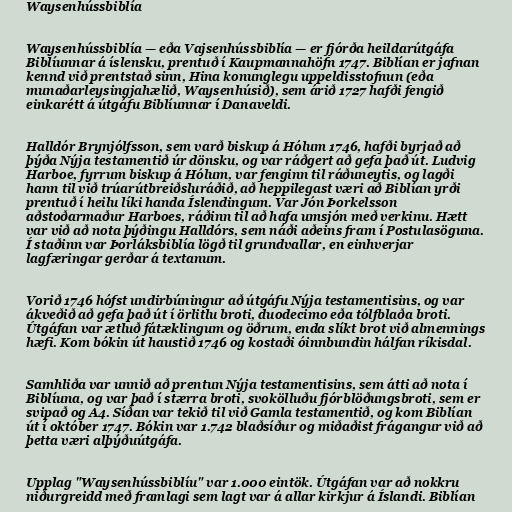
Waysenhússbiblía

Waysenhússbiblía — eða Vajsenhússbiblía — er fjórða heildarútgáfa
Biblíunnar á íslensku, prentuð í Kaupmannahöfn 1747. Biblían er jafnan
kennd við prentstað sinn, Hina konunglegu uppeldisstofnun (eða
munaðarleysingjahælið, Waysenhúsið), sem árið 1727 hafði fengið
einkarétt á útgáfu Biblíunnar í Danaveldi.

Halldór Brynjólfsson, sem varð biskup á Hólum 1746, hafði byrjað að
þýða Nýja testamentið úr dönsku, og var ráðgert að gefa það út. Ludvig
Harboe, fyrrum biskup á Hólum, var fenginn til ráðuneytis, og lagði
hann til við trúarútbreiðsluráðið, að heppilegast væri að Biblían yrði
prentuð í heilu líki handa Íslendingum. Var Jón Þorkelsson
aðstoðarmaður Harboes, ráðinn til að hafa umsjón með verkinu. Hætt
var við að nota þýðingu Halldórs, sem náði aðeins fram í Postulasöguna.
Í staðinn var Þorláksbiblía lögð til grundvallar, en einhverjar
lagfæringar gerðar á textanum.

Vorið 1746 hófst undirbúningur að útgáfu Nýja testamentisins, og var
ákveðið að gefa það út í örlitlu broti, duodecimo eða tólfblaða broti.
Útgáfan var ætluð fátæklingum og öðrum, enda slíkt brot við almennings
hæfi. Kom bókin út haustið 1746 og kostaði óinnbundin hálfan ríkisdal.

Samhliða var unnið að prentun Nýja testamentisins, sem átti að nota í
Biblíuna, og var það í stærra broti, svokölluðu fjórblöðungsbroti, sem er
svipað og A4. Síðan var tekið til við Gamla testamentið, og kom Biblían
út í október 1747. Bókin var 1.742 blaðsíður og miðaðist frágangur við að
þetta væri alþýðuútgáfa.

Upplag "Waysenhússbiblíu" var 1.000 eintök. Útgáfan var að nokkru
niðurgreidd með framlagi sem lagt var á allar kirkjur á Íslandi. Biblían